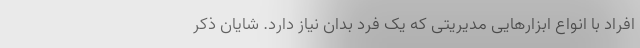
افراد با انواع ابزارهایی مدیریتی که یک فرد بدان نیاز دارد. شایان ذکر